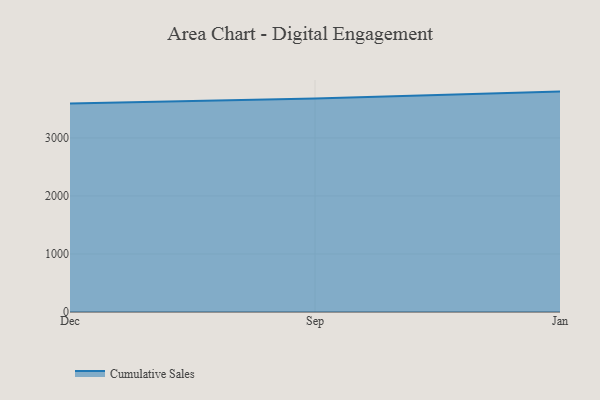
{"axis": {"x": "Month", "y": "Revenue (USD Million)"}, "legend": ["Cumulative Sales"], "data": [{"x": "Dec", "y": 3593.3, "type": "Cumulative Sales"}, {"x": "Sep", "y": 3680.0, "type": "Cumulative Sales"}, {"x": "Jan", "y": 3798.8, "type": "Cumulative Sales"}]}